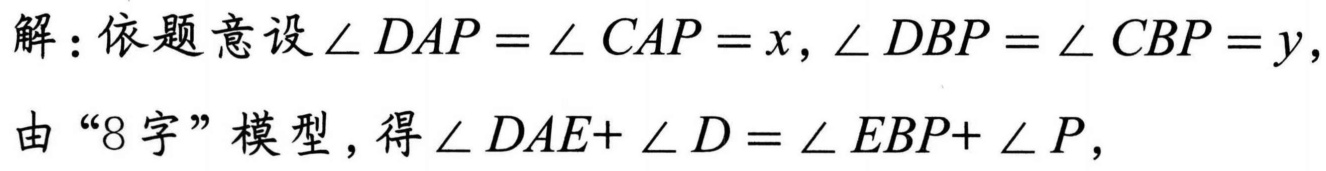
解：依题意设\(\angle DAP=\angle CAP = x\)，\(\angle DBP=\angle CBP = y\)，
由“8 字”模型，得\(\angle DAE+\angle D=\angle EBP+\angle P\)，